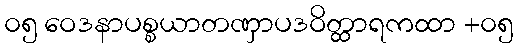
၀၅ ဝေဒနာပစ္စယာတဏှာပဒဝိတ္ထာရကထာ +၀၅